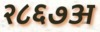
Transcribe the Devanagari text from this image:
२८६७अ